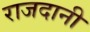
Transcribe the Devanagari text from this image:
राजदानी